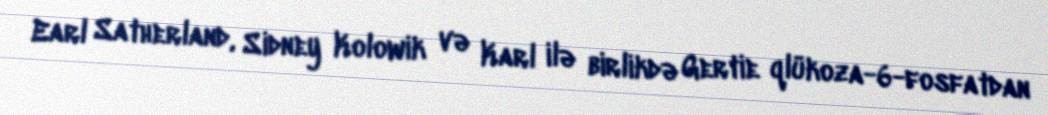
Earl Satherland, Sidney Kolowik və Karl ilə birlikdə Gertie qlükoza-6-fosfatdan